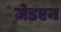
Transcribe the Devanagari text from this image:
ज़ेडएन